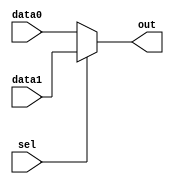
module mux_2x1 #(parameter DATA_WIDTH = 32)
    (
     input wire [DATA_WIDTH-1:0] data0,
     input wire [DATA_WIDTH-1:0] data1,
     input wire sel,
     output wire [DATA_WIDTH-1:0] out
    );
  
    assign out = (sel == 1'b0) ? data0 : data1;
  
  endmodule